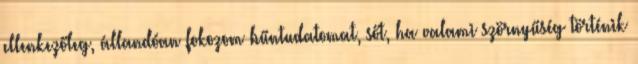
ellenkezőleg, állandóan fokozom bűntudatomat, sőt, ha valami szörnyűség történik